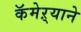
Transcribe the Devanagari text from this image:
कॅमेऱ्याने